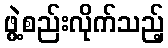
ဖွဲ့စည်းလိုက်သည့်